38_143685_box7_Incident_Summaries_1-100
Agency: Department of War
Page 8
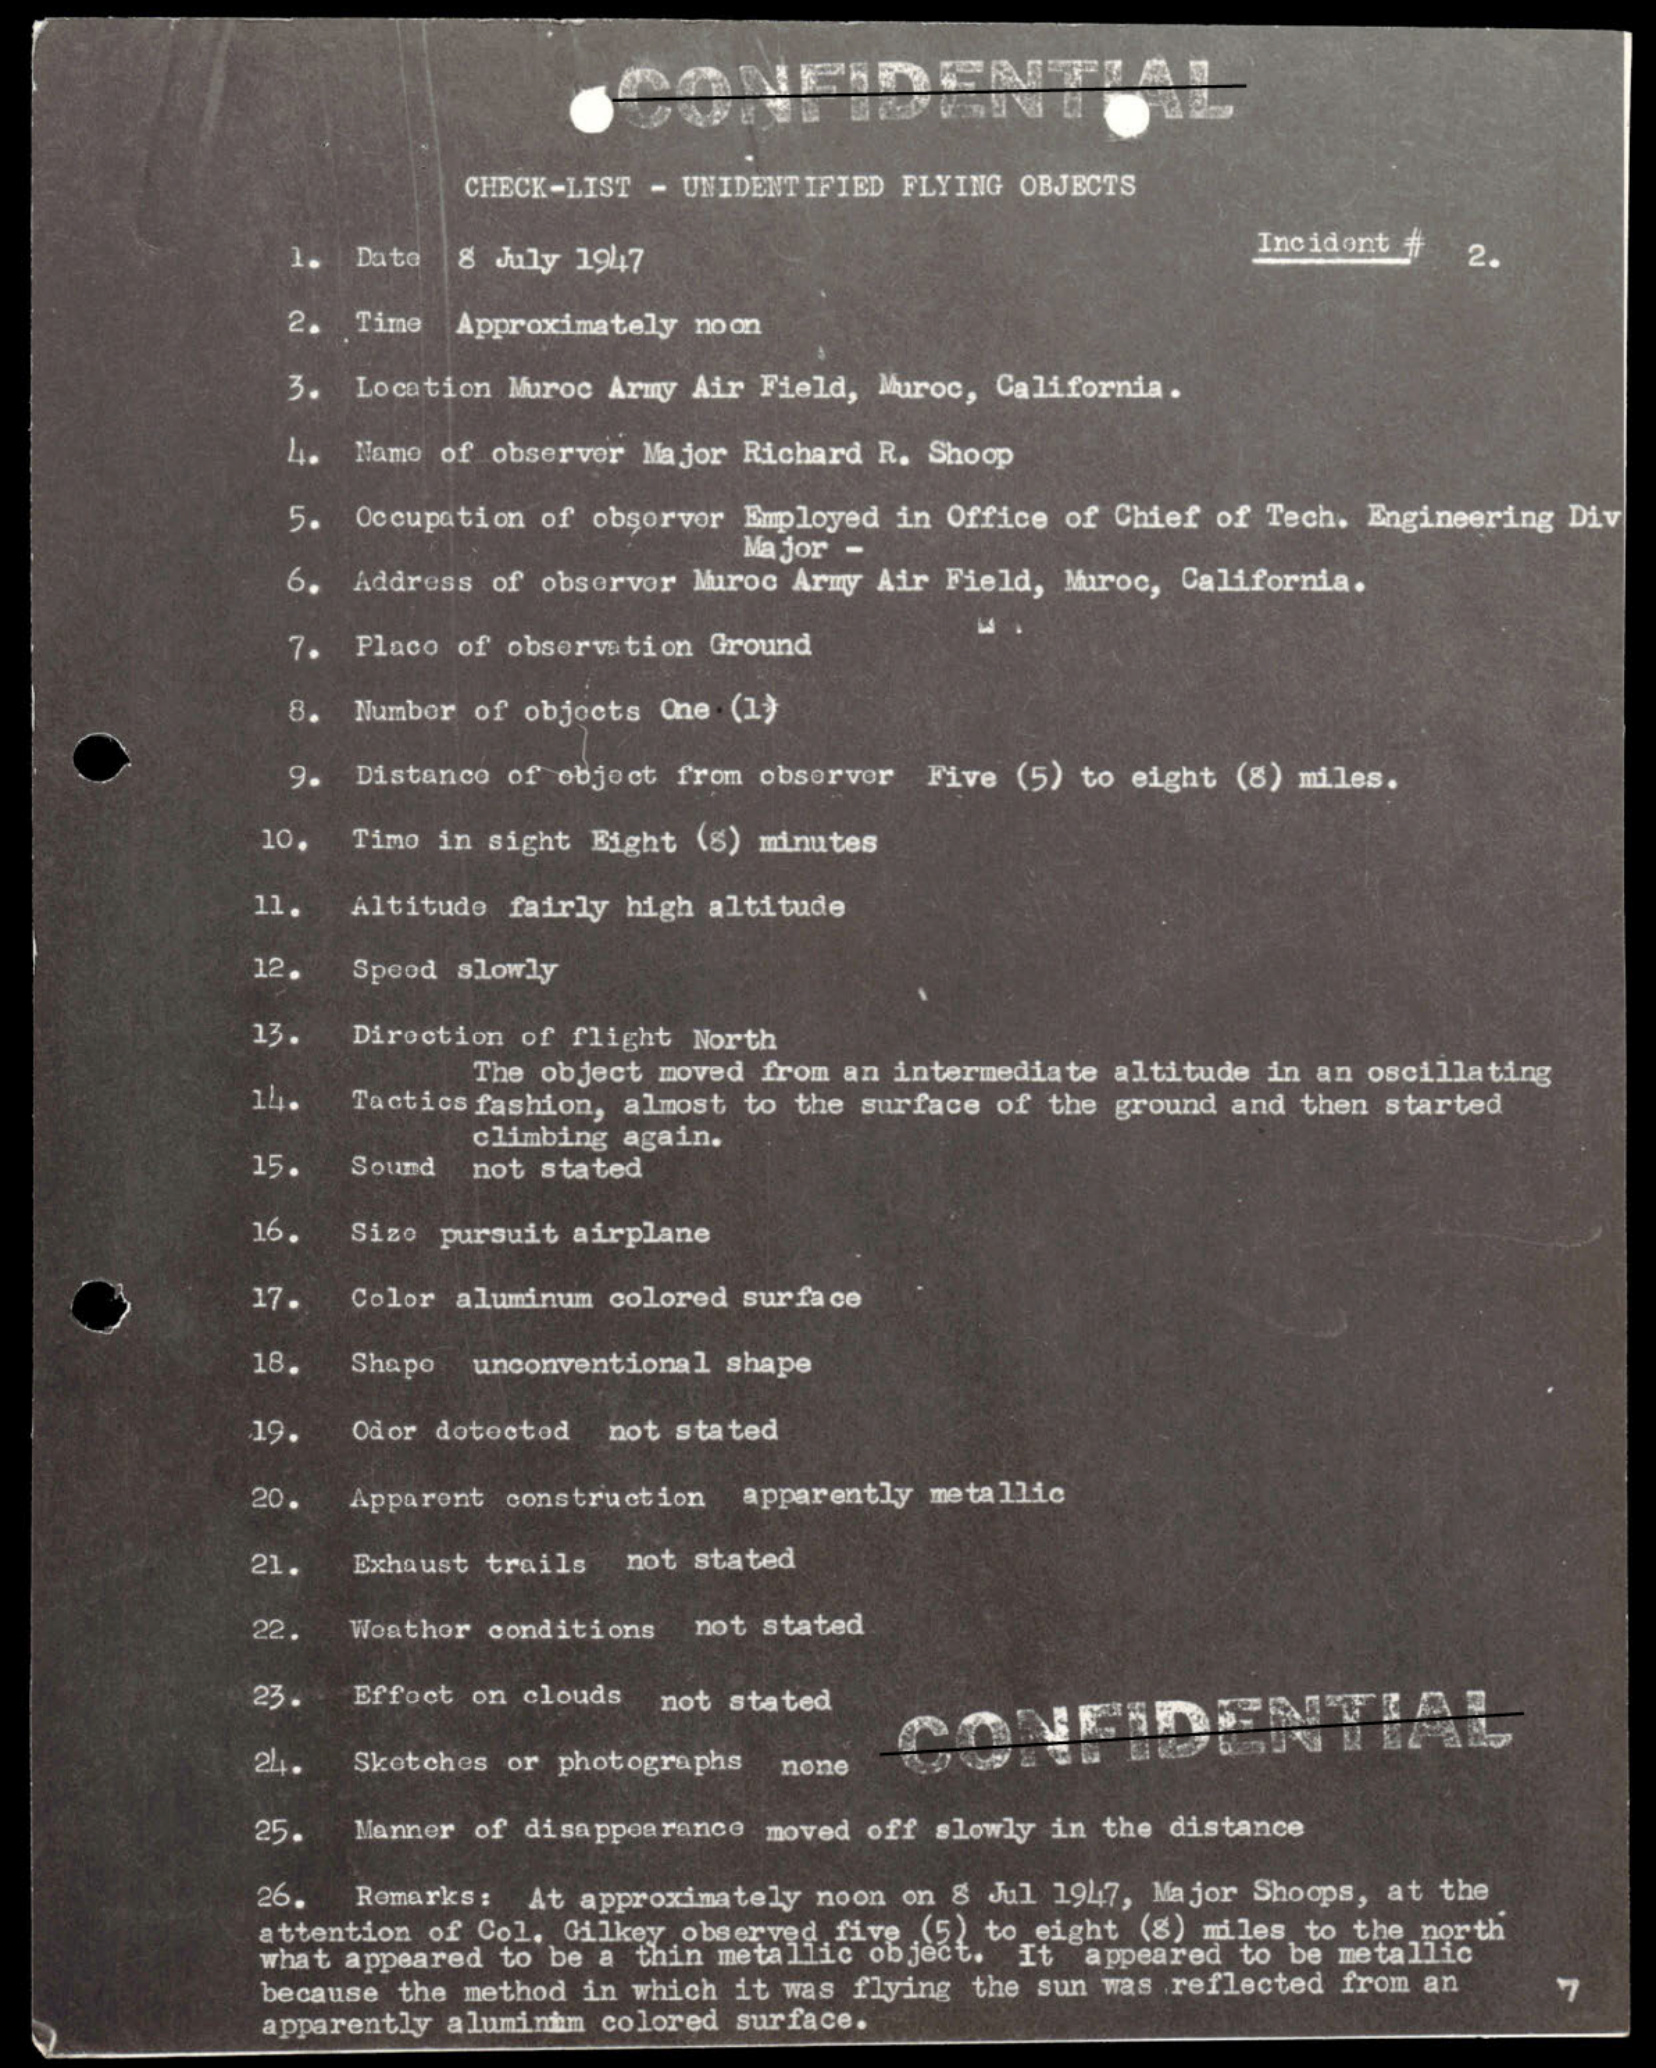